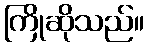
ကြိုဆိုသည်။